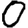
Digit: 0